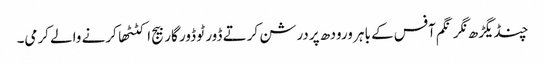
چنڈیگڑھ نگر نگم آفس کے باہر ورودھ پردرشن کرتے ڈور ٹو ڈور گاربیج اکٹٹھا کرنے والے کرمی۔